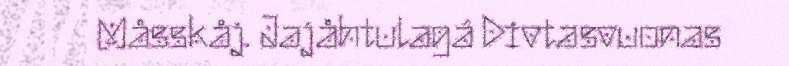
Måsskåj. Jajåhtulagá Divtasvuonas